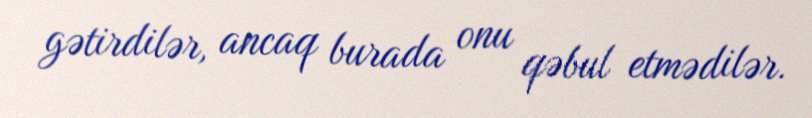
gətirdilər, ancaq burada onu qəbul etmədilər.